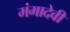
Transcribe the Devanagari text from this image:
मंमादेवी